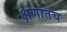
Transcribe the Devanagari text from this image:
क्षणांतच